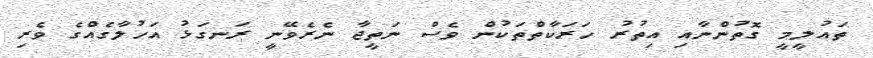
ތައުލީމީ ގޮތުންނާއި އިތުރު ހަރަކާތްތަކުން ވެސް ނަތީޖާ ނެރެވޭނީ ރަނގަޅު އަހުލާގެއްގެ ވެރި